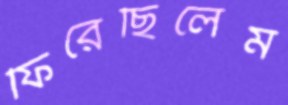
ফিরেছিলেম